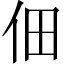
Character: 佃